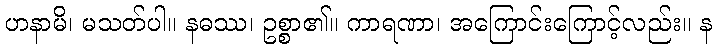
ဟနာမိ၊ မသတ်ပါ။ နဓဿ၊ ဥစ္စာ၏။ ကာရဏာ၊ အကြောင်းကြောင့်လည်း။ န